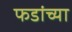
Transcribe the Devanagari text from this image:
फडांच्या